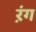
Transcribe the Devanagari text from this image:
ऱंग